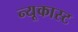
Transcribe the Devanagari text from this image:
न्यूकास्ट